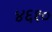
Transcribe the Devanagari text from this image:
४६१०